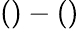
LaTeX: ()-()